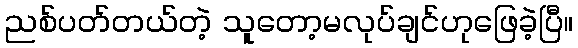
ညစ်ပတ်တယ်တဲ့ သူတော့မလုပ်ချင်ဟုဖြေခဲ့ပြီ။